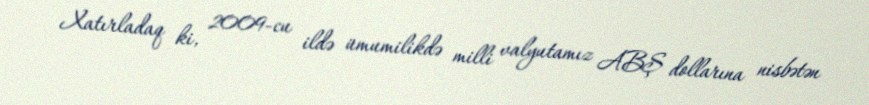
Xatırladaq ki, 2009-cu ildə ümumilikdə milli valyutamız ABŞ dollarına nisbətən